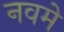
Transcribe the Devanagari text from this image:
नवमे